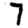
Digit: 7